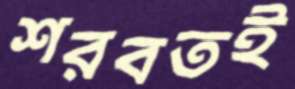
শরবতই